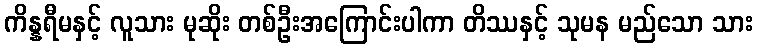
ကိန္နရီမနှင့် လူသား မုဆိုး တစ်ဦးအကြောင်းပါကာ တိဿနှင့် သုမန မည်သော သား